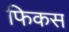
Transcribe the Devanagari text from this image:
फिकस